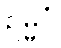
ဥမ္မဂ္ဂံ